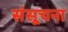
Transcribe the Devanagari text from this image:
संसूचना